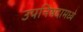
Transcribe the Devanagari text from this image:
उपनिषदामध्ये